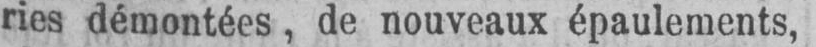
ries démontées, de nouveaux épaulements,